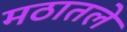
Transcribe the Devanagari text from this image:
मठातले